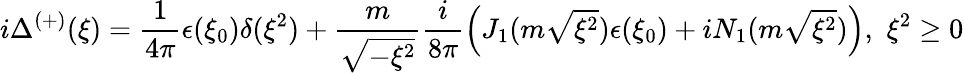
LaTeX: i\Delta^{\left(+\right)}(\xi)=\frac{1}{4\pi}\epsilon(\xi_{0})\delta(\xi^{2})+\frac{m}{\sqrt{-\xi^{2}}}\frac{i}{8\pi}\left(J_{1}(m\sqrt{\xi^{2}})\epsilon(\xi_{0})+iN_{1}(m\sqrt{\xi^{2}})\right),\, \, \xi^{2}\geq 0